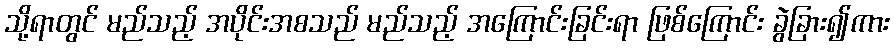
သို့ရာတွင် မည်သည့် အပိုင်းအစသည် မည်သည့် အကြောင်းခြင်းရာ ဖြစ်ကြောင်း ခွဲခြား၍ကား